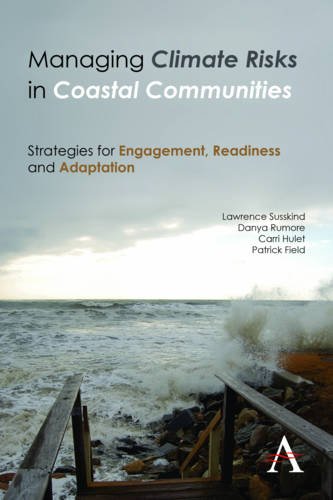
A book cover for Managing Climate Risks in Coastal Communities: Strategies for Engagement, Readiness and Adaptation (Anthem Environment and Sustainability); Lawrence Susskind; Engineering & Transportation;